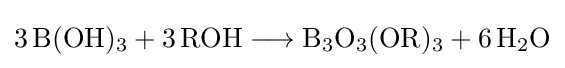
{3\,\mathrm {B} (\mathrm {OH} ){\vphantom {A}}_{\smash[{t}]{3}}{}+{}3\,\mathrm {ROH} {}\mathrel {\longrightarrow } {}\mathrm {B} {\vphantom {A}}_{\smash[{t}]{3}}\mathrm {O} {\vphantom {A}}_{\smash[{t}]{3}}(\mathrm {OR} ){\vphantom {A}}_{\smash[{t}]{3}}{}+{}6\,\mathrm {H} {\vphantom {A}}_{\smash[{t}]{2}}\mathrm {O} }